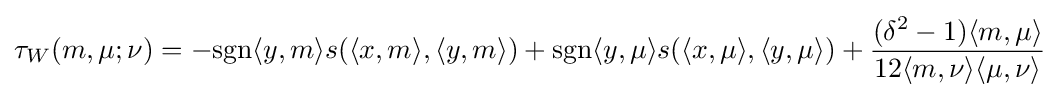
\tau _{W}(m,\mu ;\nu )=-\mathrm {sgn} \langle y,m\rangle s(\langle x,m\rangle ,\langle y,m\rangle )+\mathrm {sgn} \langle y,\mu \rangle s(\langle x,\mu \rangle ,\langle y,\mu \rangle )+{\frac {(\delta ^{2}-1)\langle m,\mu \rangle }{12\langle m,\nu \rangle \langle \mu ,\nu \rangle }}